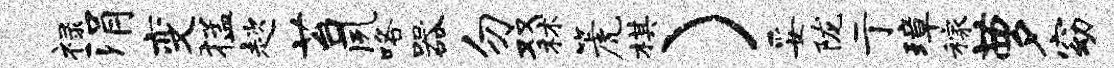
禄涓变猛趑苔夙咯器勿双秫篪棋）妥陇亍璋稼萝窈